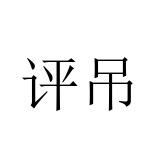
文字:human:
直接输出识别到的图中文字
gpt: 评吊